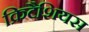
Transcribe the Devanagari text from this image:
क्रिटैशियस